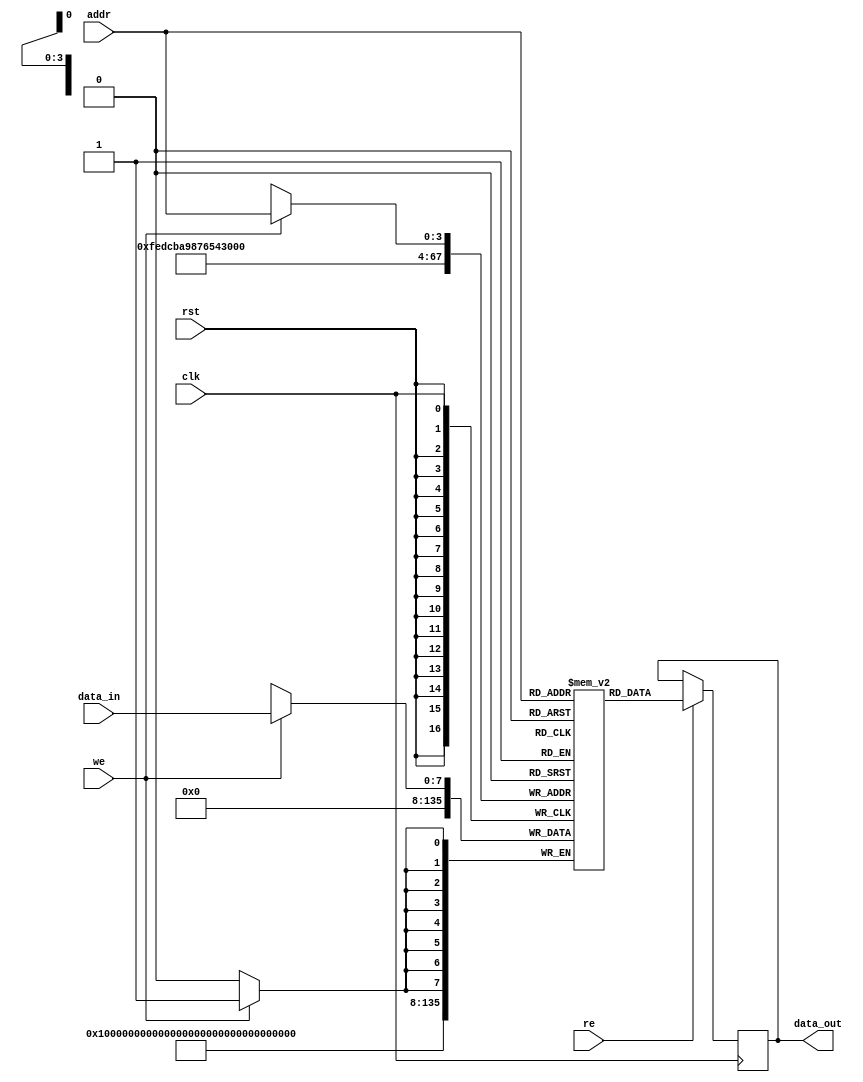
module single_port_ram #(
    parameter DATA_WIDTH = 8,      // Data width in bits (e.g., 8, 16, 32)
    parameter ADDR_WIDTH = 4       // Address width in bits (2^ADDR_WIDTH locations)
)(
    input wire clk,                // Clock signal
    input wire rst,                // Reset signal
    input wire we,                 // Write Enable signal
    input wire re,                 // Read Enable signal
    input wire [ADDR_WIDTH-1:0] addr, // Address input
    input wire [DATA_WIDTH-1:0] data_in, // Data input for write operation
    output reg [DATA_WIDTH-1:0] data_out // Data output for read operation
);

    // Memory array declaration
    reg [DATA_WIDTH-1:0] mem [(2**ADDR_WIDTH)-1:0];

    // Asynchronous reset to initialize memory
    integer i;
    always @(posedge rst) begin
        for (i = 0; i < (2**ADDR_WIDTH); i = i + 1) begin
            mem[i] <= {DATA_WIDTH{1'b0}}; // Initialize memory to zero
        end
    end

    // Memory read and write operations
    always @(posedge clk) begin
        if (we) begin
            // Write operation
            mem[addr] <= data_in; // Write data to the specified address
        end
        if (re) begin
            // Read operation
            data_out <= mem[addr]; // Read data from the specified address
        end
    end

endmodule